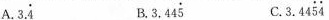
A.3. \dot{4} B.3.44\dot{5} C.3.44 \dot{5}\dot{4}